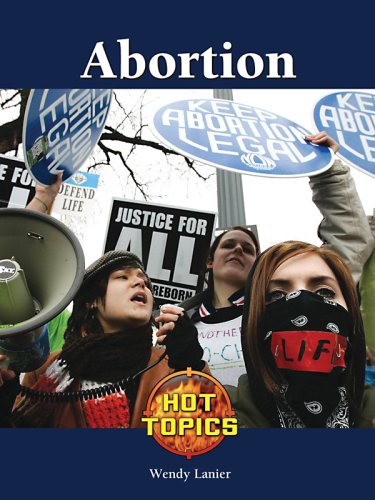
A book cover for Abortion (Hot Topics); Wendy Lanier; Teen & Young Adult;